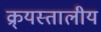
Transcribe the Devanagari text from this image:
क्र्यस्तालीय